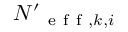
N { ' } _ { \mathrm { ~ e ~ f ~ f ~ } , k , i }